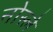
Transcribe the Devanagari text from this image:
नोस्ले